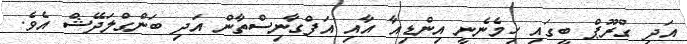
އަދި ގްރޫޕް ބީގައި ހިމެނެނީ އިންޑިއާ އާއި އަފްގާނިސްތާން އަދި ބަންގްލަދޭޝް އެވެ.